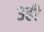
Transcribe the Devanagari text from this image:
३ही